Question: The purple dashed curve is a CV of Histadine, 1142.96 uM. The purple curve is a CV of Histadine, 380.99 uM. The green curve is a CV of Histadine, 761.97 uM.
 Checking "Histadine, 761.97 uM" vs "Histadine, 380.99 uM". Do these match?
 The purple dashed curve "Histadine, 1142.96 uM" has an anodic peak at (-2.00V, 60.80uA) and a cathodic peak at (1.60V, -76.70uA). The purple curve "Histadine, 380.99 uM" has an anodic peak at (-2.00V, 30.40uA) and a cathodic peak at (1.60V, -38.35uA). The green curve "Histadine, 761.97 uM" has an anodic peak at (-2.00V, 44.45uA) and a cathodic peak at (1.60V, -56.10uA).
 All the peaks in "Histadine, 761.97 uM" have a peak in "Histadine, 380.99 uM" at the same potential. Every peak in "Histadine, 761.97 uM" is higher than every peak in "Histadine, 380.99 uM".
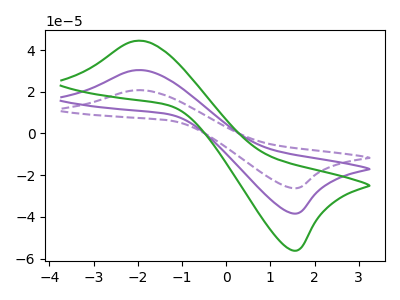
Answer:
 <answer>"Histadine, 761.97 uM" and "Histadine, 380.99 uM" are similar in shape.</answer>
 <eval>same_shape</eval>